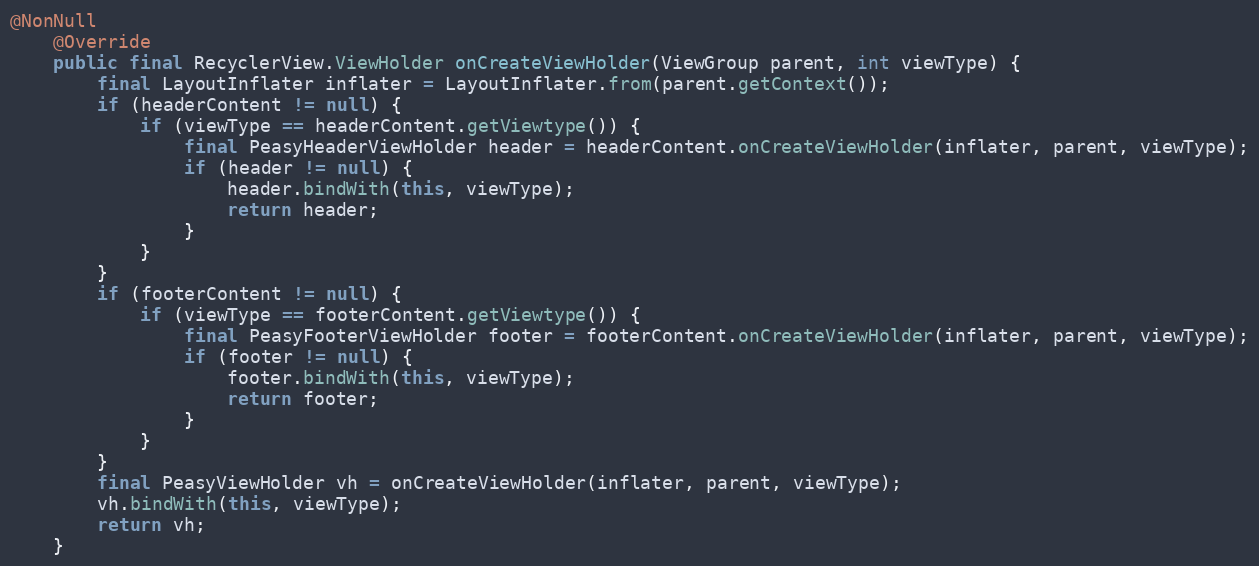
Language: Java
@NonNull
    @Override
    public final RecyclerView.ViewHolder onCreateViewHolder(ViewGroup parent, int viewType) {
        final LayoutInflater inflater = LayoutInflater.from(parent.getContext());
        if (headerContent != null) {
            if (viewType == headerContent.getViewtype()) {
                final PeasyHeaderViewHolder header = headerContent.onCreateViewHolder(inflater, parent, viewType);
                if (header != null) {
                    header.bindWith(this, viewType);
                    return header;
                }
            }
        }
        if (footerContent != null) {
            if (viewType == footerContent.getViewtype()) {
                final PeasyFooterViewHolder footer = footerContent.onCreateViewHolder(inflater, parent, viewType);
                if (footer != null) {
                    footer.bindWith(this, viewType);
                    return footer;
                }
            }
        }
        final PeasyViewHolder vh = onCreateViewHolder(inflater, parent, viewType);
        vh.bindWith(this, viewType);
        return vh;
    }